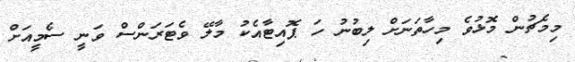
މިމެޗުން މޮޅުވެ މިހާތަނަށް ލިބުނު ހަ ޕޮއިޓާއެކު މާލޭ ވެޓަރަންސް ވަނީ ސެމީއަށް